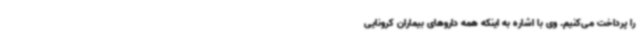
را پرداخت می‌کنیم. وی با اشاره به اینکه همه داروهای بیماران کرونایی